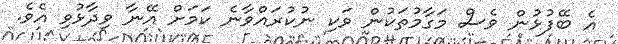
އެ ބޭފުޅުން ވެސް މަގާމުތަކުން ވަކި ނުކުރައްވާނެ ކަމަށް އޭނާ ވިދާޅުވި އެވެ.